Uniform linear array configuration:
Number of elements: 8
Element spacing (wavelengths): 0.5
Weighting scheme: binomial
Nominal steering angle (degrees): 0
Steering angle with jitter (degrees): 1.469
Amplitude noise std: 0.05
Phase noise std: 0.05

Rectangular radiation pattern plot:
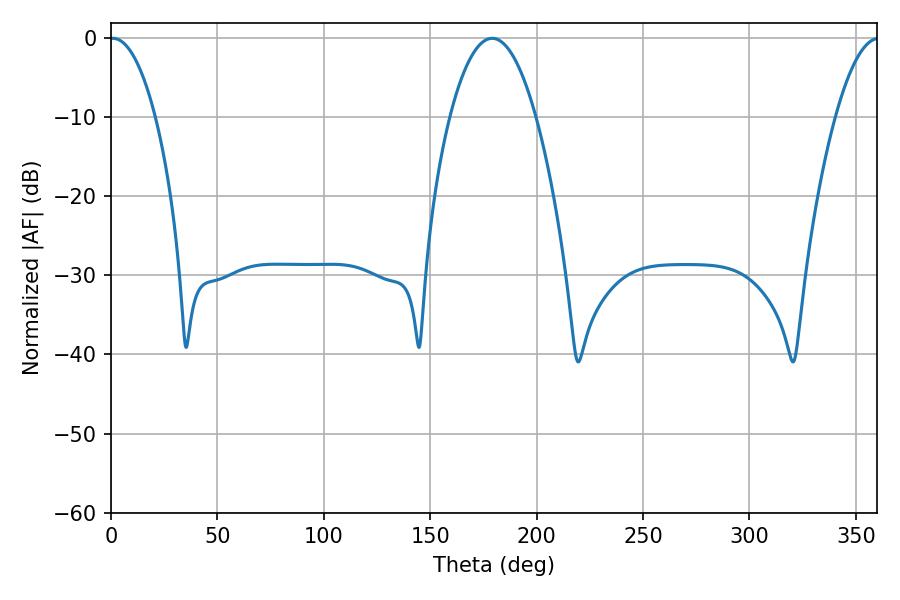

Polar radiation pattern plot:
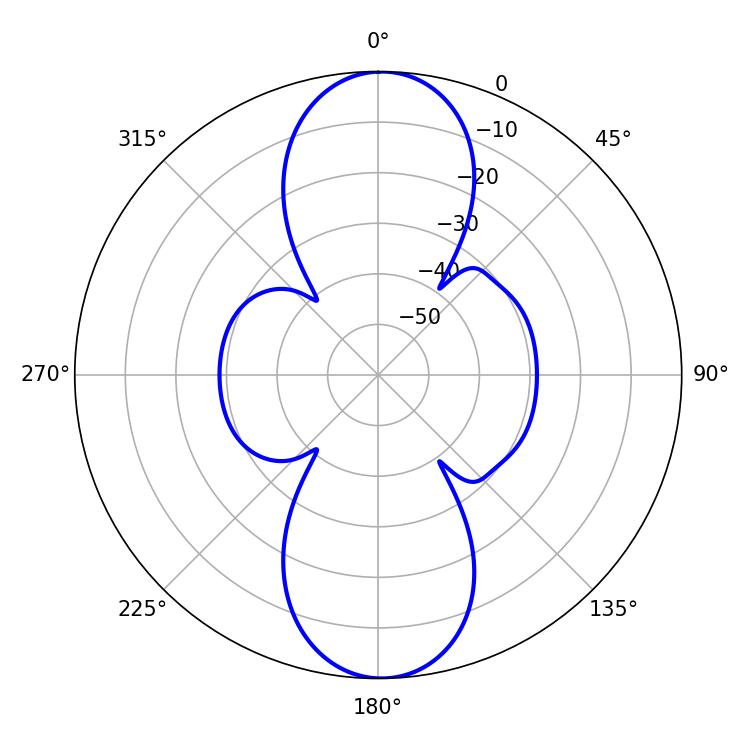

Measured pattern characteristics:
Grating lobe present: FALSE
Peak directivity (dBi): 22.997
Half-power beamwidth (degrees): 12.06
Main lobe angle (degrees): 0.9